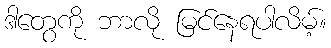
ဒါတွေကို ဘာလို မြင်နေရပါလိမ့်။